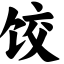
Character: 饺